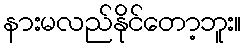
နားမလည်နိုင်တော့ဘူး။